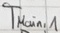
Text: TMain,1